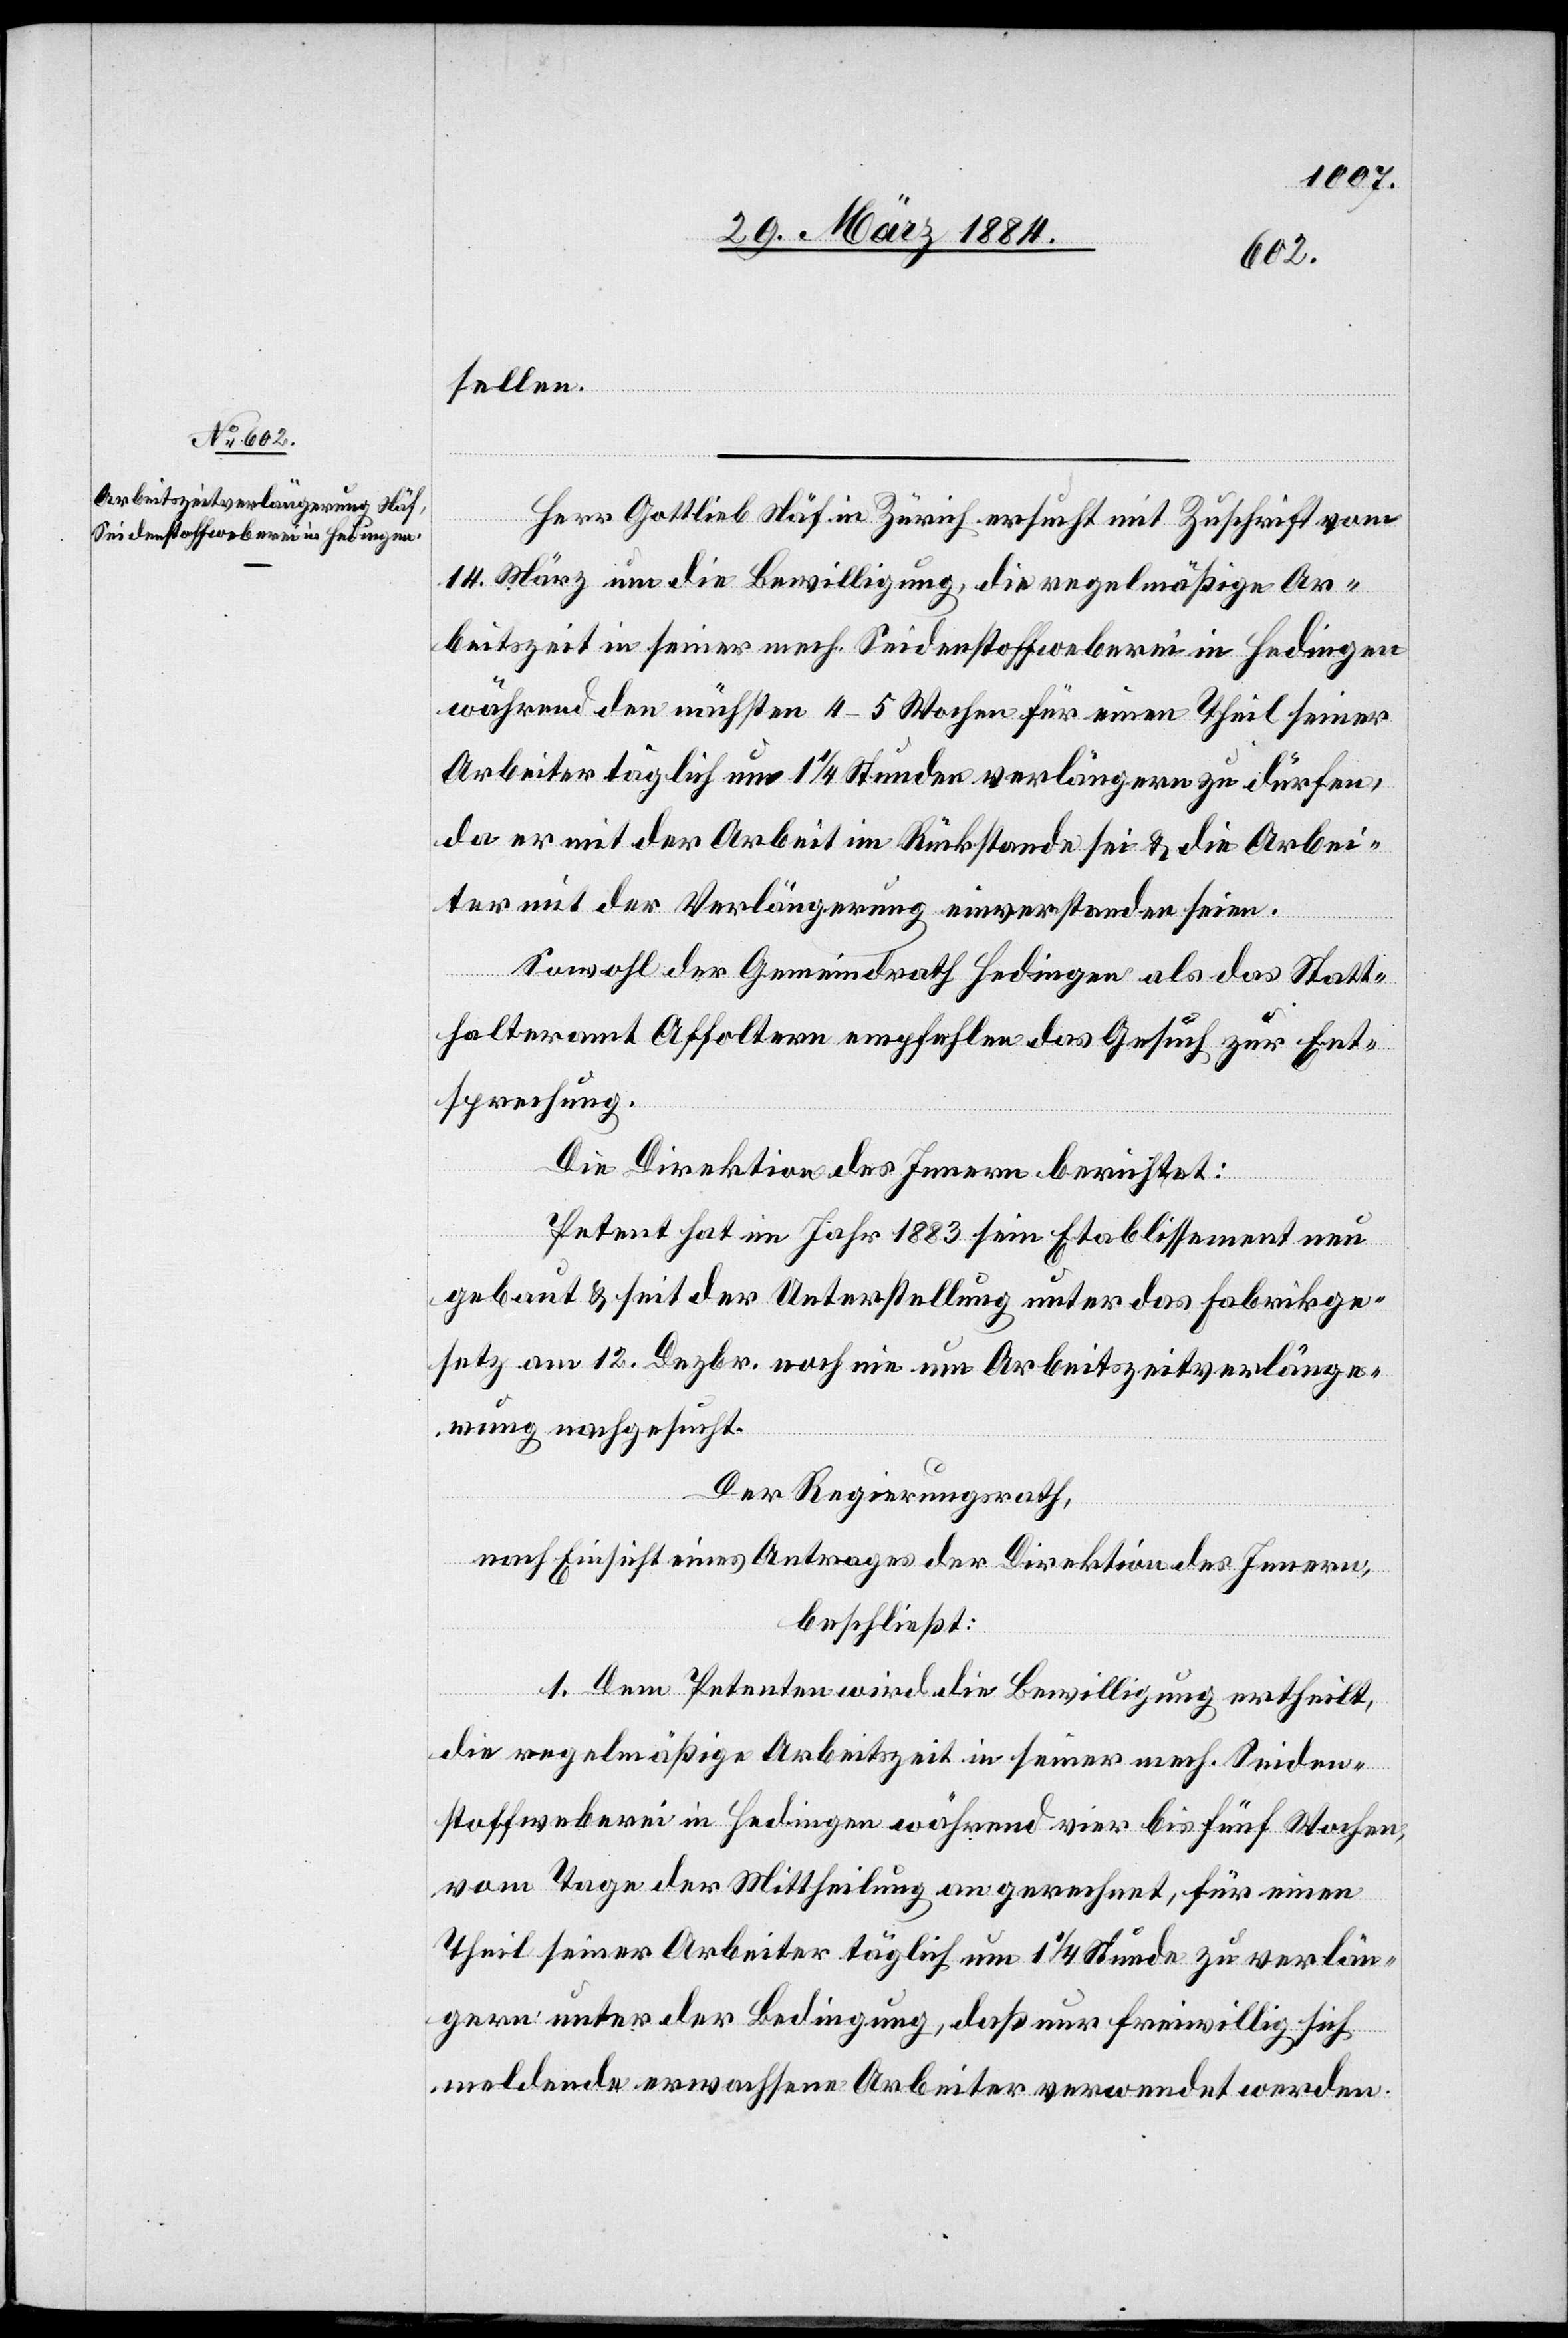
sellen.
Herr Gottlieb Näf in Zürich ersucht mit Zuschrift vom
14. März um die Bewilligung, die regelmäßige Ar¬
beitszeit in seiner mech. Seidenstoffweberei in Hedingen
während den nächsten 4–5 Wochen für einen Theil seiner
Arbeiter täglich um 1 1/4 Stunden verlängern zu dürfen,
da er mit der Arbeit im Rückstand sei & die Arbei¬
ter mit der Verlängerung einverstanden seien.
Sowohl der Gemeindrath Hedingen als das Statt¬
halteramt Affoltern empfehlen das Gesuch zur Ent¬
sprechung.
Die Direktion des Innern berichtet:
Petent hat im Jahr 1883 sein Etablissement neu
gebaut & seit der Unterstellung unter das Fabrikge¬
setz am 12. Dezbr. noch nie um Arbeitszeitverlänge¬
rung nachgesucht.
Der Regierungsrath,
nach Einsicht eines Antrages der Direktion des Innern,
beschließt:
1. Dem Petenten wird die Bewilligung ertheilt,
die regelmäßige Arbeitszeit in seiner mech. Seiden¬
stoffweberei in Hedingen während vier bis fünf Wochen,
vom Tage der Mittheilung an gerechnet, für einen
Theil seiner Arbeiter täglich um 1 1/4 Stunde zu verlän¬
gern, unter der Bedingung, daß nur freiwillig sich
meldende erwachsene Arbeiter verwendet werden.